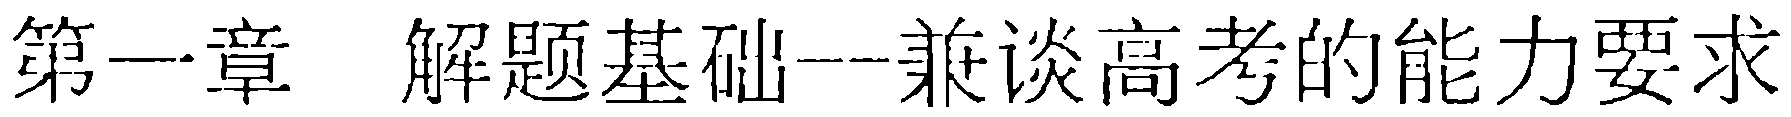
第一章 解题基础---兼谈高考的能力要求